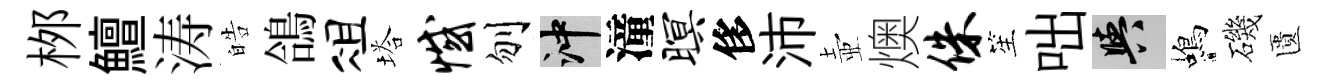
桞鱣涛皓鴿俎塔憾刎冲潼暝侈沛壺燠侏笙咄阳蝎磯匱